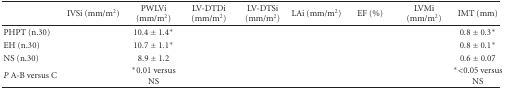
<table><thead><tr><td>[EMPTY_CELL]</td><td><b>IVSi (mm/m2)</b></td><td><b>PWLVi (mm/m2)</b></td><td><b>LV-DTDi (mm/m2)</b></td><td><b>LV-DTSi (mm/m2)</b></td><td><b>LAi (mm/m2)</b></td><td><b>EF (%)</b></td><td><b>LVMi (mm/m2)</b></td><td><b>IMT (mm)</b></td></tr></thead><tbody><tr><td>PHPT (n.30)</td><td>[EMPTY_CELL]</td><td>10.4 ± 1.4*</td><td>[EMPTY_CELL]</td><td>[EMPTY_CELL]</td><td>[EMPTY_CELL]</td><td>[EMPTY_CELL]</td><td>[EMPTY_CELL]</td><td>0.8 ± 0.3*</td></tr><tr><td>EH (n.30)</td><td>[EMPTY_CELL]</td><td>10.7 ± 1.1*</td><td>[EMPTY_CELL]</td><td>[EMPTY_CELL]</td><td>[EMPTY_CELL]</td><td>[EMPTY_CELL]</td><td>[EMPTY_CELL]</td><td>0.8 ± 0.1*</td></tr><tr><td>NS (n.30)</td><td>[EMPTY_CELL]</td><td>8.9 ± 1.2</td><td>[EMPTY_CELL]</td><td>[EMPTY_CELL]</td><td>[EMPTY_CELL]</td><td>[EMPTY_CELL]</td><td>[EMPTY_CELL]</td><td>0.6 ± 0.07</td></tr><tr><td><i>P </i>A-B versus C</td><td>[EMPTY_CELL]</td><td>*0.01 versus NS</td><td>[EMPTY_CELL]</td><td>[EMPTY_CELL]</td><td>[EMPTY_CELL]</td><td>[EMPTY_CELL]</td><td>[EMPTY_CELL]</td><td>*&lt;0.05 versus NS</td></tr></tbody></table>